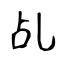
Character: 乩